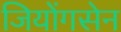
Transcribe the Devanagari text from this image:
जियोंगसेन